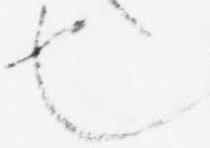
也